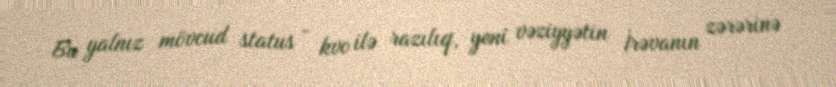
Bu yalnız mövcud status - kvo ilə razılıq, yeni vəziyyətin İrəvanın zərərinə